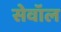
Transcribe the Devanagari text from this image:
सेवॉल